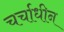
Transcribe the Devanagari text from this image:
चर्चाधीन